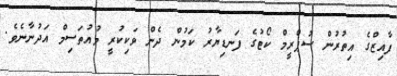
ފާއިޒްގެ އިތުރުން ސުޕްރީމް ކޯޓުގެ ފަނޑިޔާރު ކަމުން ދެން ވަކިކުރީ މުއުތަސިމް އަދުނާނެވެ.